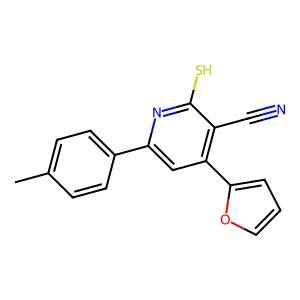
SMILES: Cc1ccc(-c2cc(-c3ccco3)c(C#N)c(S)n2)cc1
Inhibits HIV replication: No